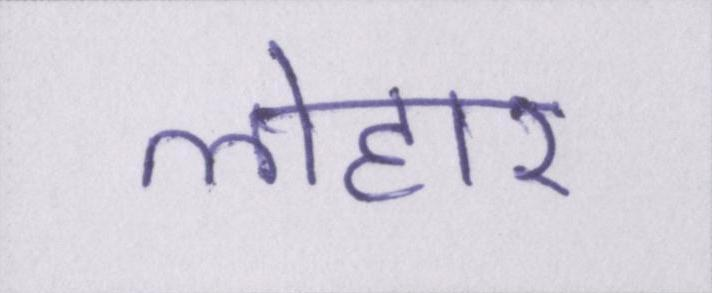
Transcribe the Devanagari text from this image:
लोहार